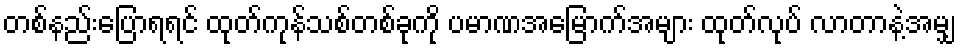
တစ်နည်းပြောရရင် ထုတ်ကုန်သစ်တစ်ခုကို ပမာဏအမြောက်အများ ထုတ်လုပ် လာတာနဲ့အမျှ